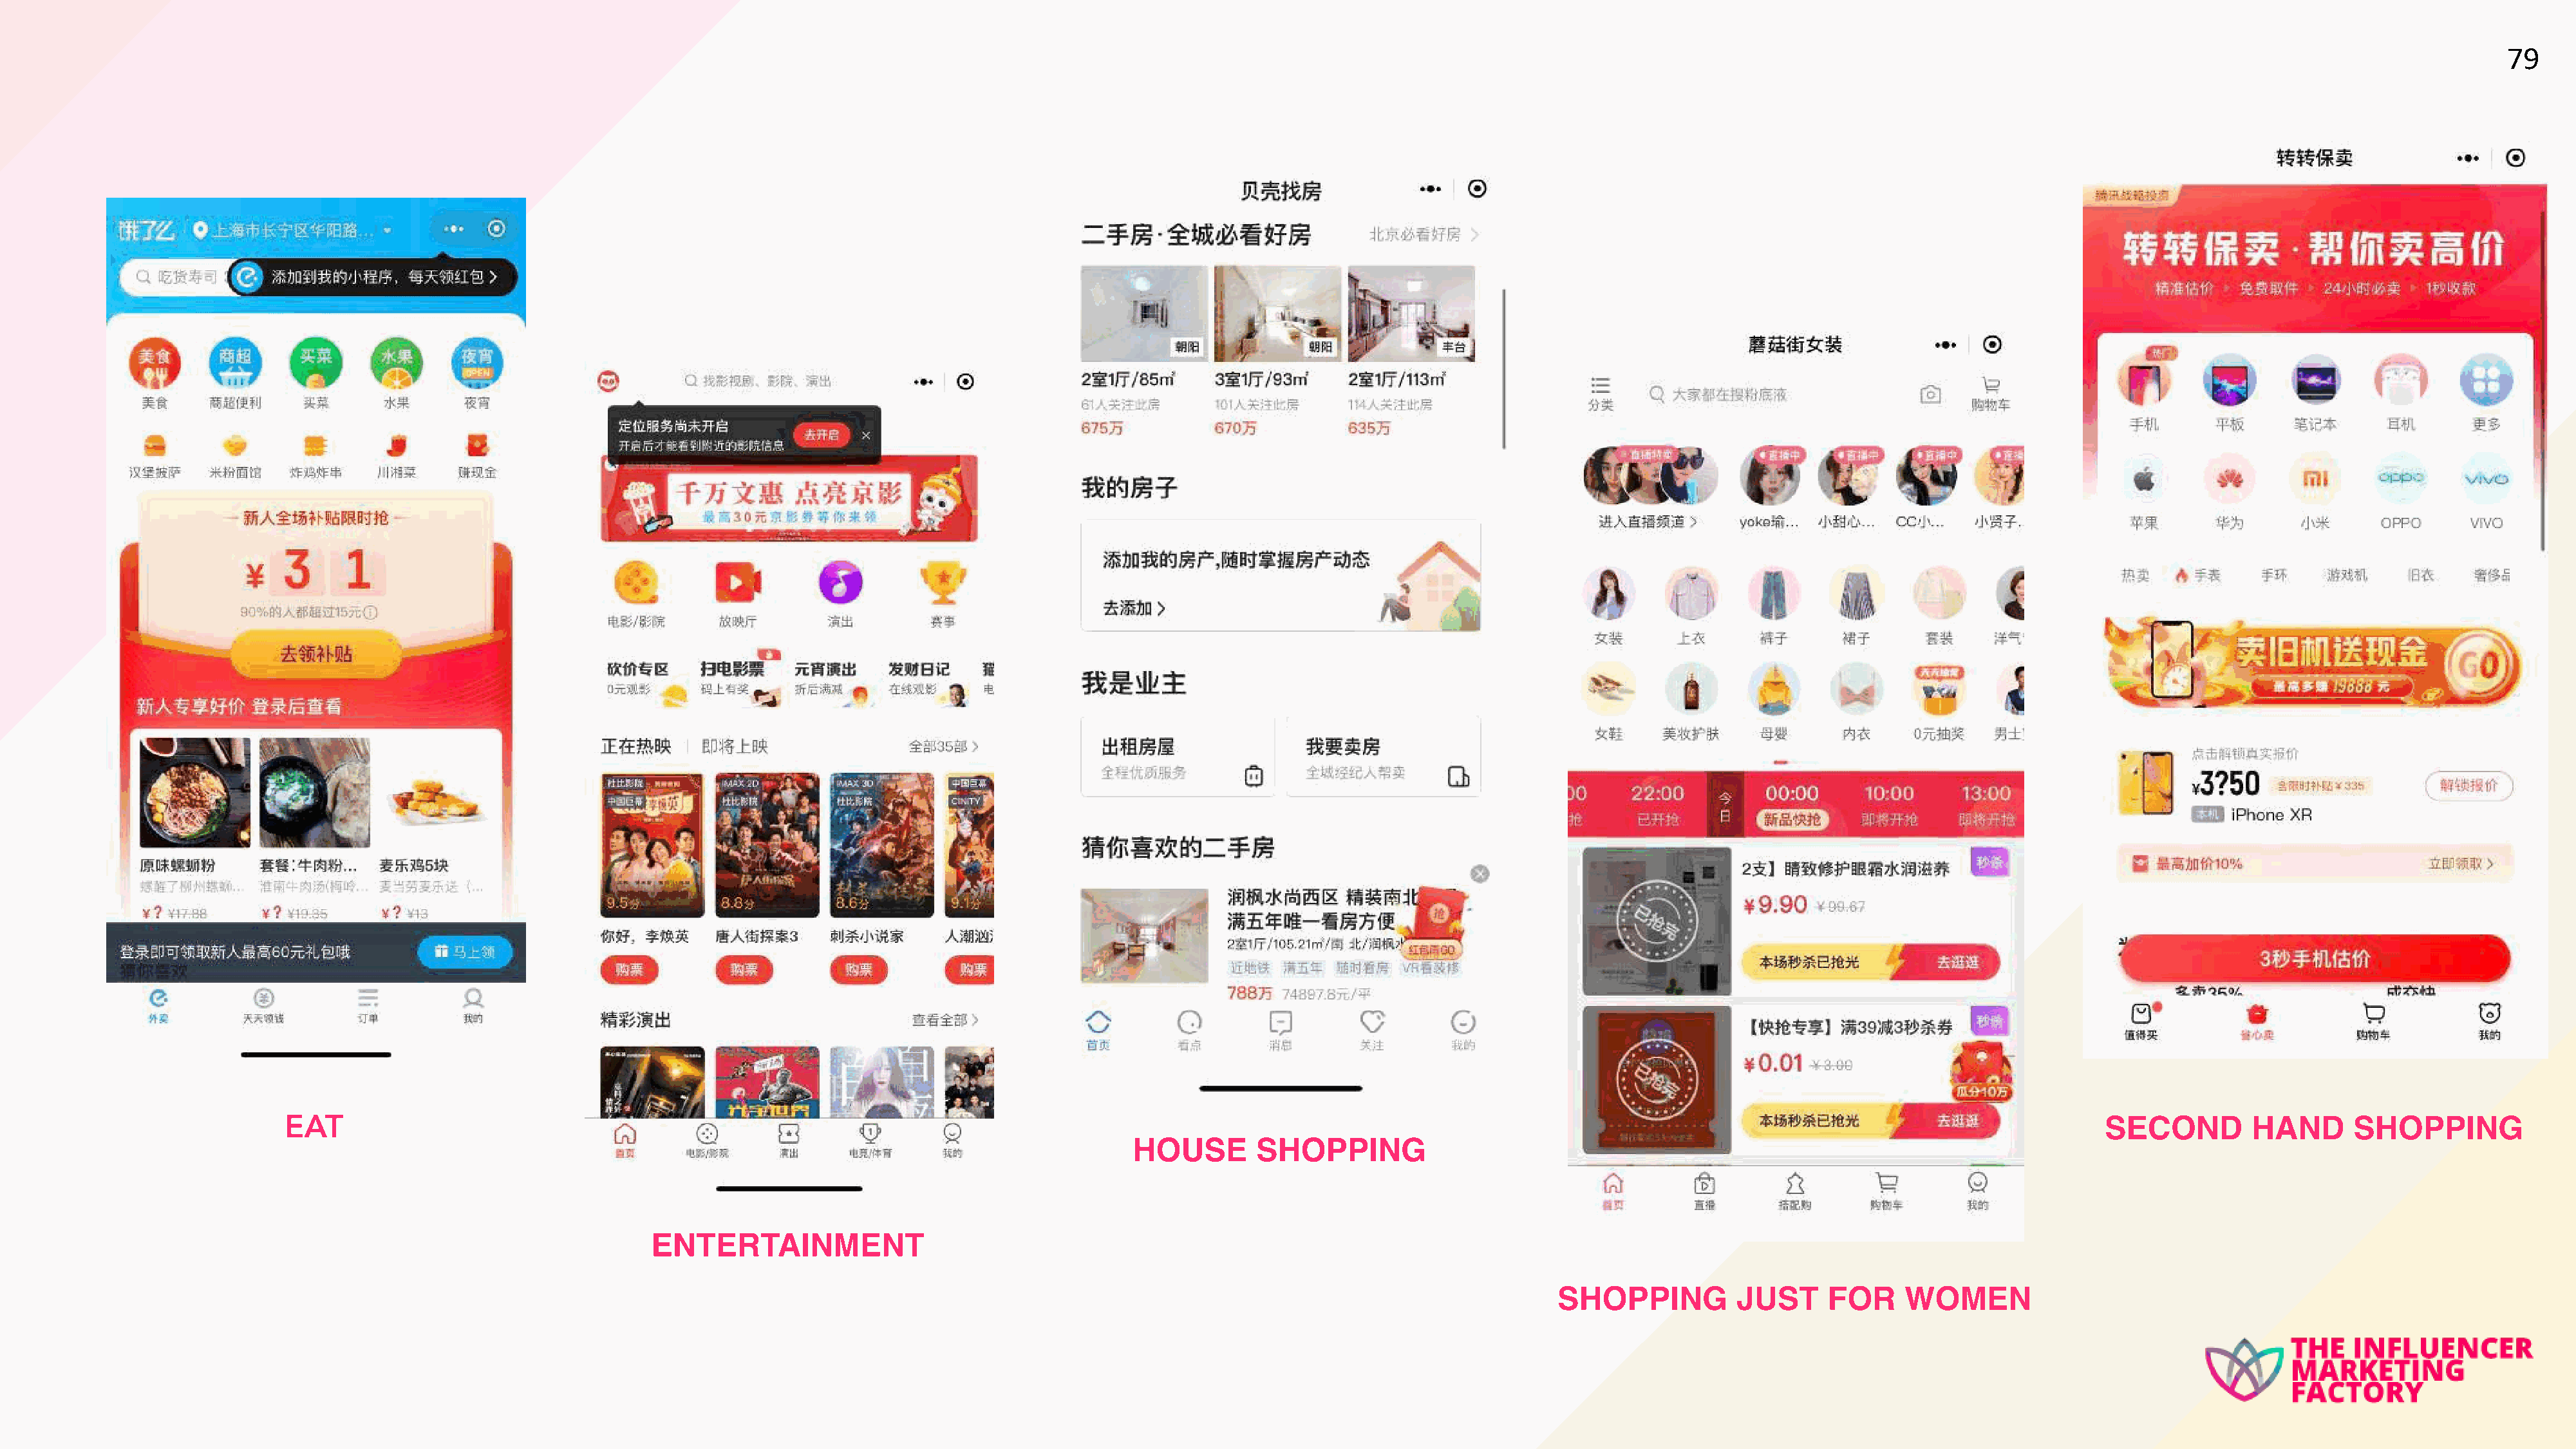
79
 EAT                                                                                                                                                                                        SECOND         HAND       SHOPPING
 HOUSE        SHOPPING
 ENTERTAINMENT
 SHOPPING           JUST     FOR     WOMEN